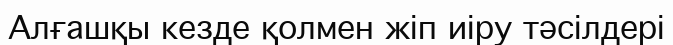
Алғашқы кезде қолмен жіп иіру тәсілдері